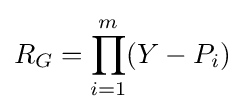
R_{G}=\prod _{i=1}^{m}(Y-P_{i})